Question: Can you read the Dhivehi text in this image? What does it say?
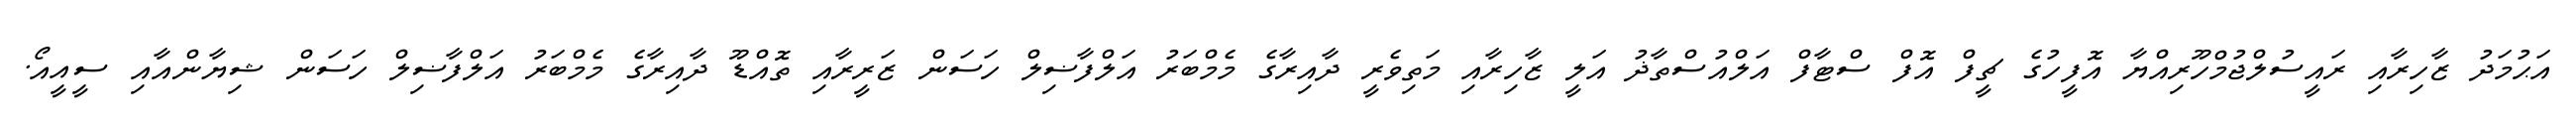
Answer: އަޙުމަދު ޒާހިރާއި ރައީސުލްޖުމްހޫރިއްޔާ އޮފީހުގެ ޗީފް އޮފް ސްޓާފް އަލްއުސްތާޛު އަލީ ޒާހިރާއި މަތިވެރީ ދާއިރާގެ މެމްބަރު އަލްފާޟިލް ހަސަން ޒަރީރާއި ތޮއްޑޫ ދާއިރާގެ މެމްބަރު އަލްފާޟިލް ހަސަން ޝިޔާންއާއި ސީއީއޯ.